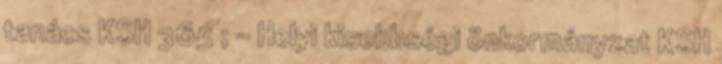
tanács KSH 365 ; - Helyi kisebbségi önkormányzat KSH